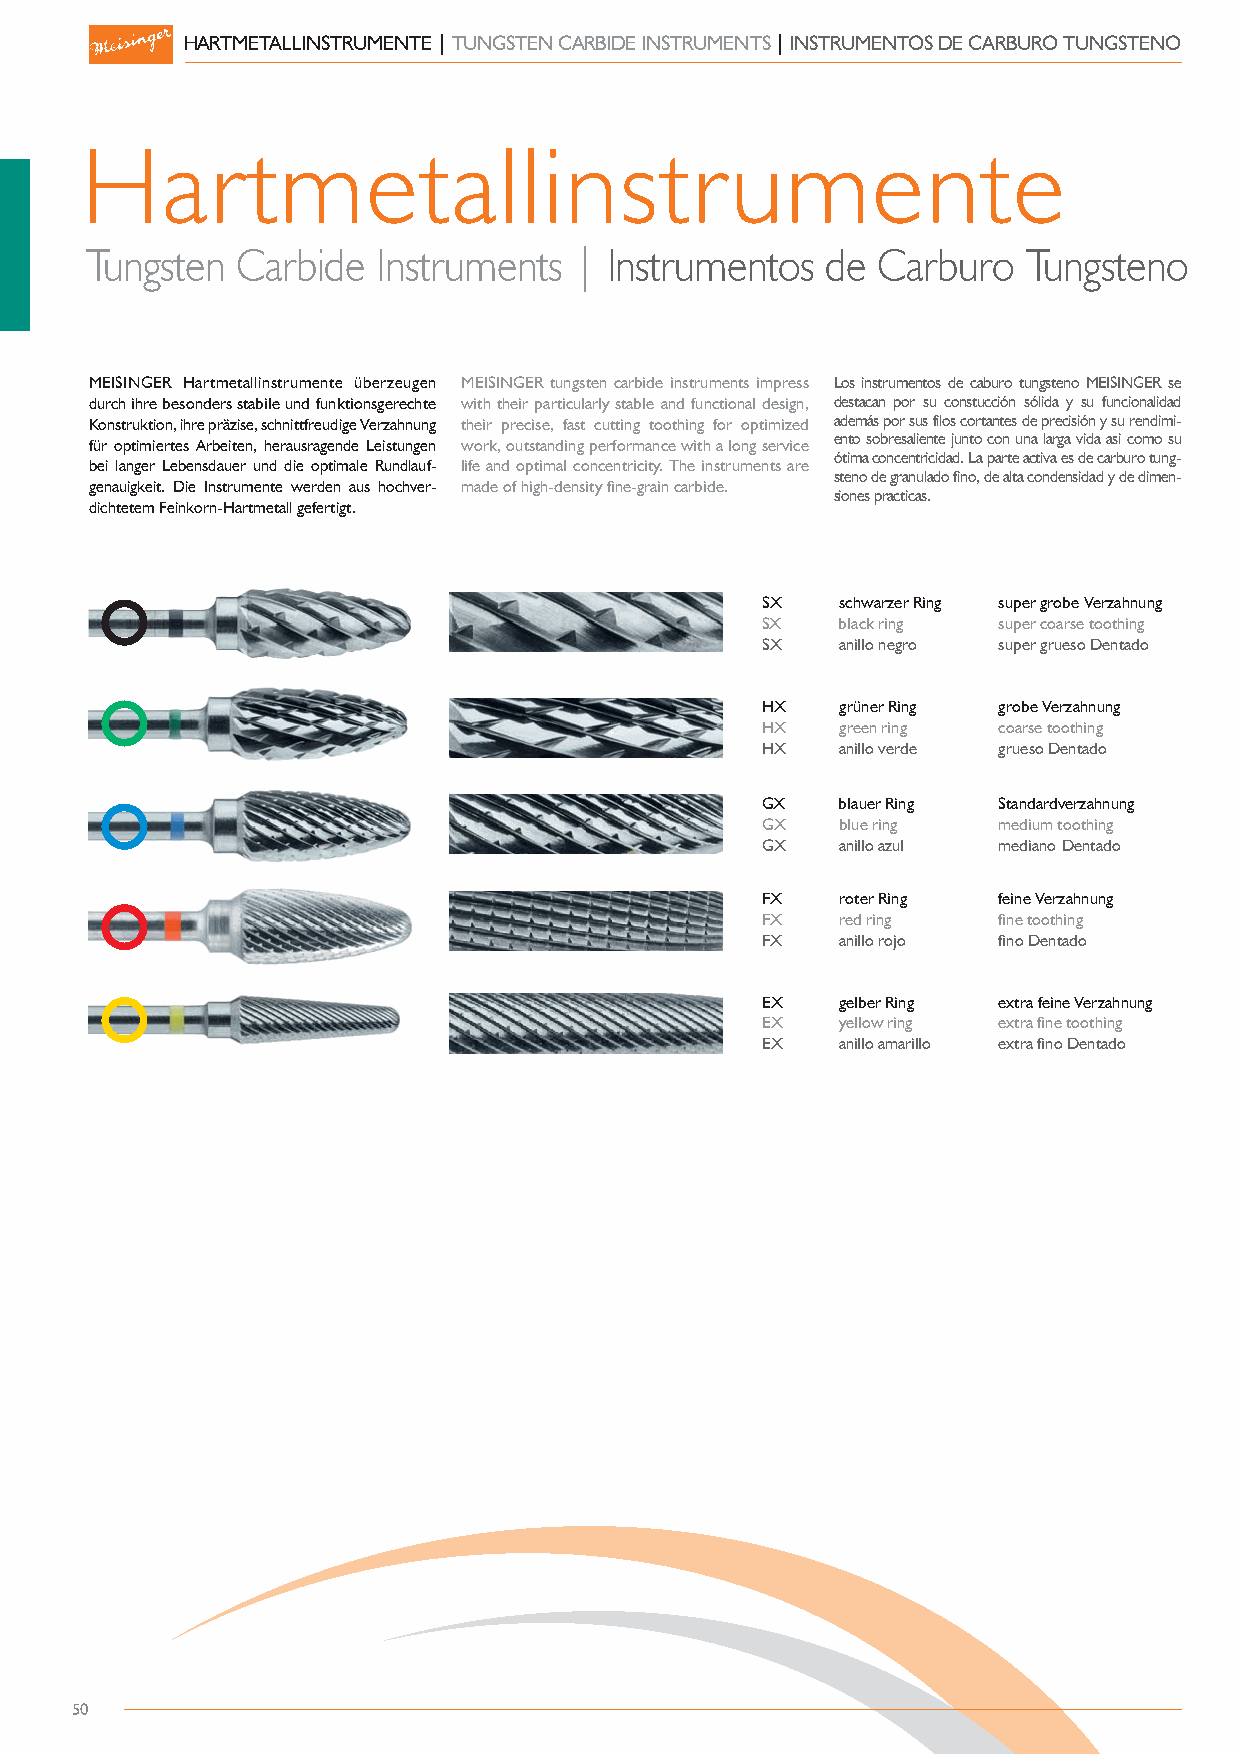
HARTMETALLINSTRUMENTE | TUNGSTEN CARBIDE INSTRUMENTS | INSTRUMENTOS DE CARBURO TUNGSTENO
 Hartmetallinstrumente
 Tungsten  Carbide  Instruments  | Instrumentos   de Carburo   Tungsteno
 MEISINGER Hartmetallinstrumente überzeugen MEISINGER tungsten carbide instruments impress Los instrumentos de caburo tungsteno MEISINGER se
 durch ihre besonders stabile und funktionsgerechte with their particularly stable and functional design, destacan por su constucción sólida y su funcionalidad
 Konstruktion, ihre präzise, schnittfreudige Verzahnung their precise, fast cutting toothing for optimized además por sus filos cortantes de precisión y su rendimi-
 für optimiertes Arbeiten, herausragende Leistungen work, outstanding performance with a long service ento sobresaliente junto con una larga vida asi como su
 ótima concentricidad. La parte activa es de carburo tung-
 bei langer Lebensdauer und die optimale Rundlauf- life and optimal concentricity. The instruments are
 steno de granulado fino, de alta condensidad y de dimen-
 genauigkeit. Die Instrumente werden aus hochver- made of high-density fine-grain carbide.
 siones practicas.
 dichtetem Feinkorn-Hartmetall gefertigt.
 SX    schwarzer Ring super grobe Verzahnung
 SX    black ring super coarse toothing
 SX    anillo negro super grueso Dentado
 HX    grüner Ring grobe Verzahnung
 HX    green ring coarse toothing
 HX    anillo verde grueso Dentado
 GX    blauer Ring Standardverzahnung
 GX    blue ring medium toothing
 GX    anillo azul mediano Dentado
 FX    roter Ring feine Verzahnung
 FX    red ring  fine toothing
 FX    anillo rojo fino Dentado
 EX    gelber Ring extra feine Verzahnung
 EX    yellow ring extra fine toothing
 EX    anillo amarillo extra fino Dentado
 50